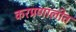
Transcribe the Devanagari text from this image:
करप्रणालीत